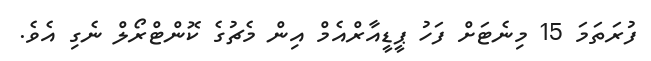
ފުރަތަމަ 15 މިނެޓަށް ފަހު ޕީޑީއާރްއެމް އިން މެޗުގެ ކޮންޓްރޯލް ނެގި އެވެ.